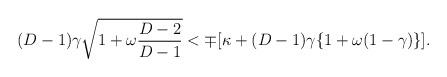
LaTeX: \begin{align*}(D-1) \gamma \sqrt{1+ \omega\frac{D-2}{D-1}} < \mp [ \kappa +(D-1)\gamma \{ 1+\omega (1-\gamma)\} ].\end{align*}